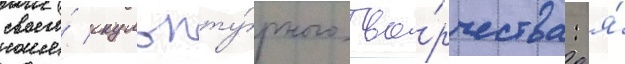
своего́ скульпту́рного тво́рчества: я́